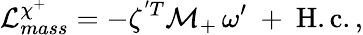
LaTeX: {\cal L}_{mass}^{\chi^{+}}=-\zeta^{'T}{\cal M}_{+}\, \omega^{\prime}\ +\ \mathrm{H.c.}\, ,